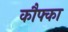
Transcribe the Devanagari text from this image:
कौफ्का